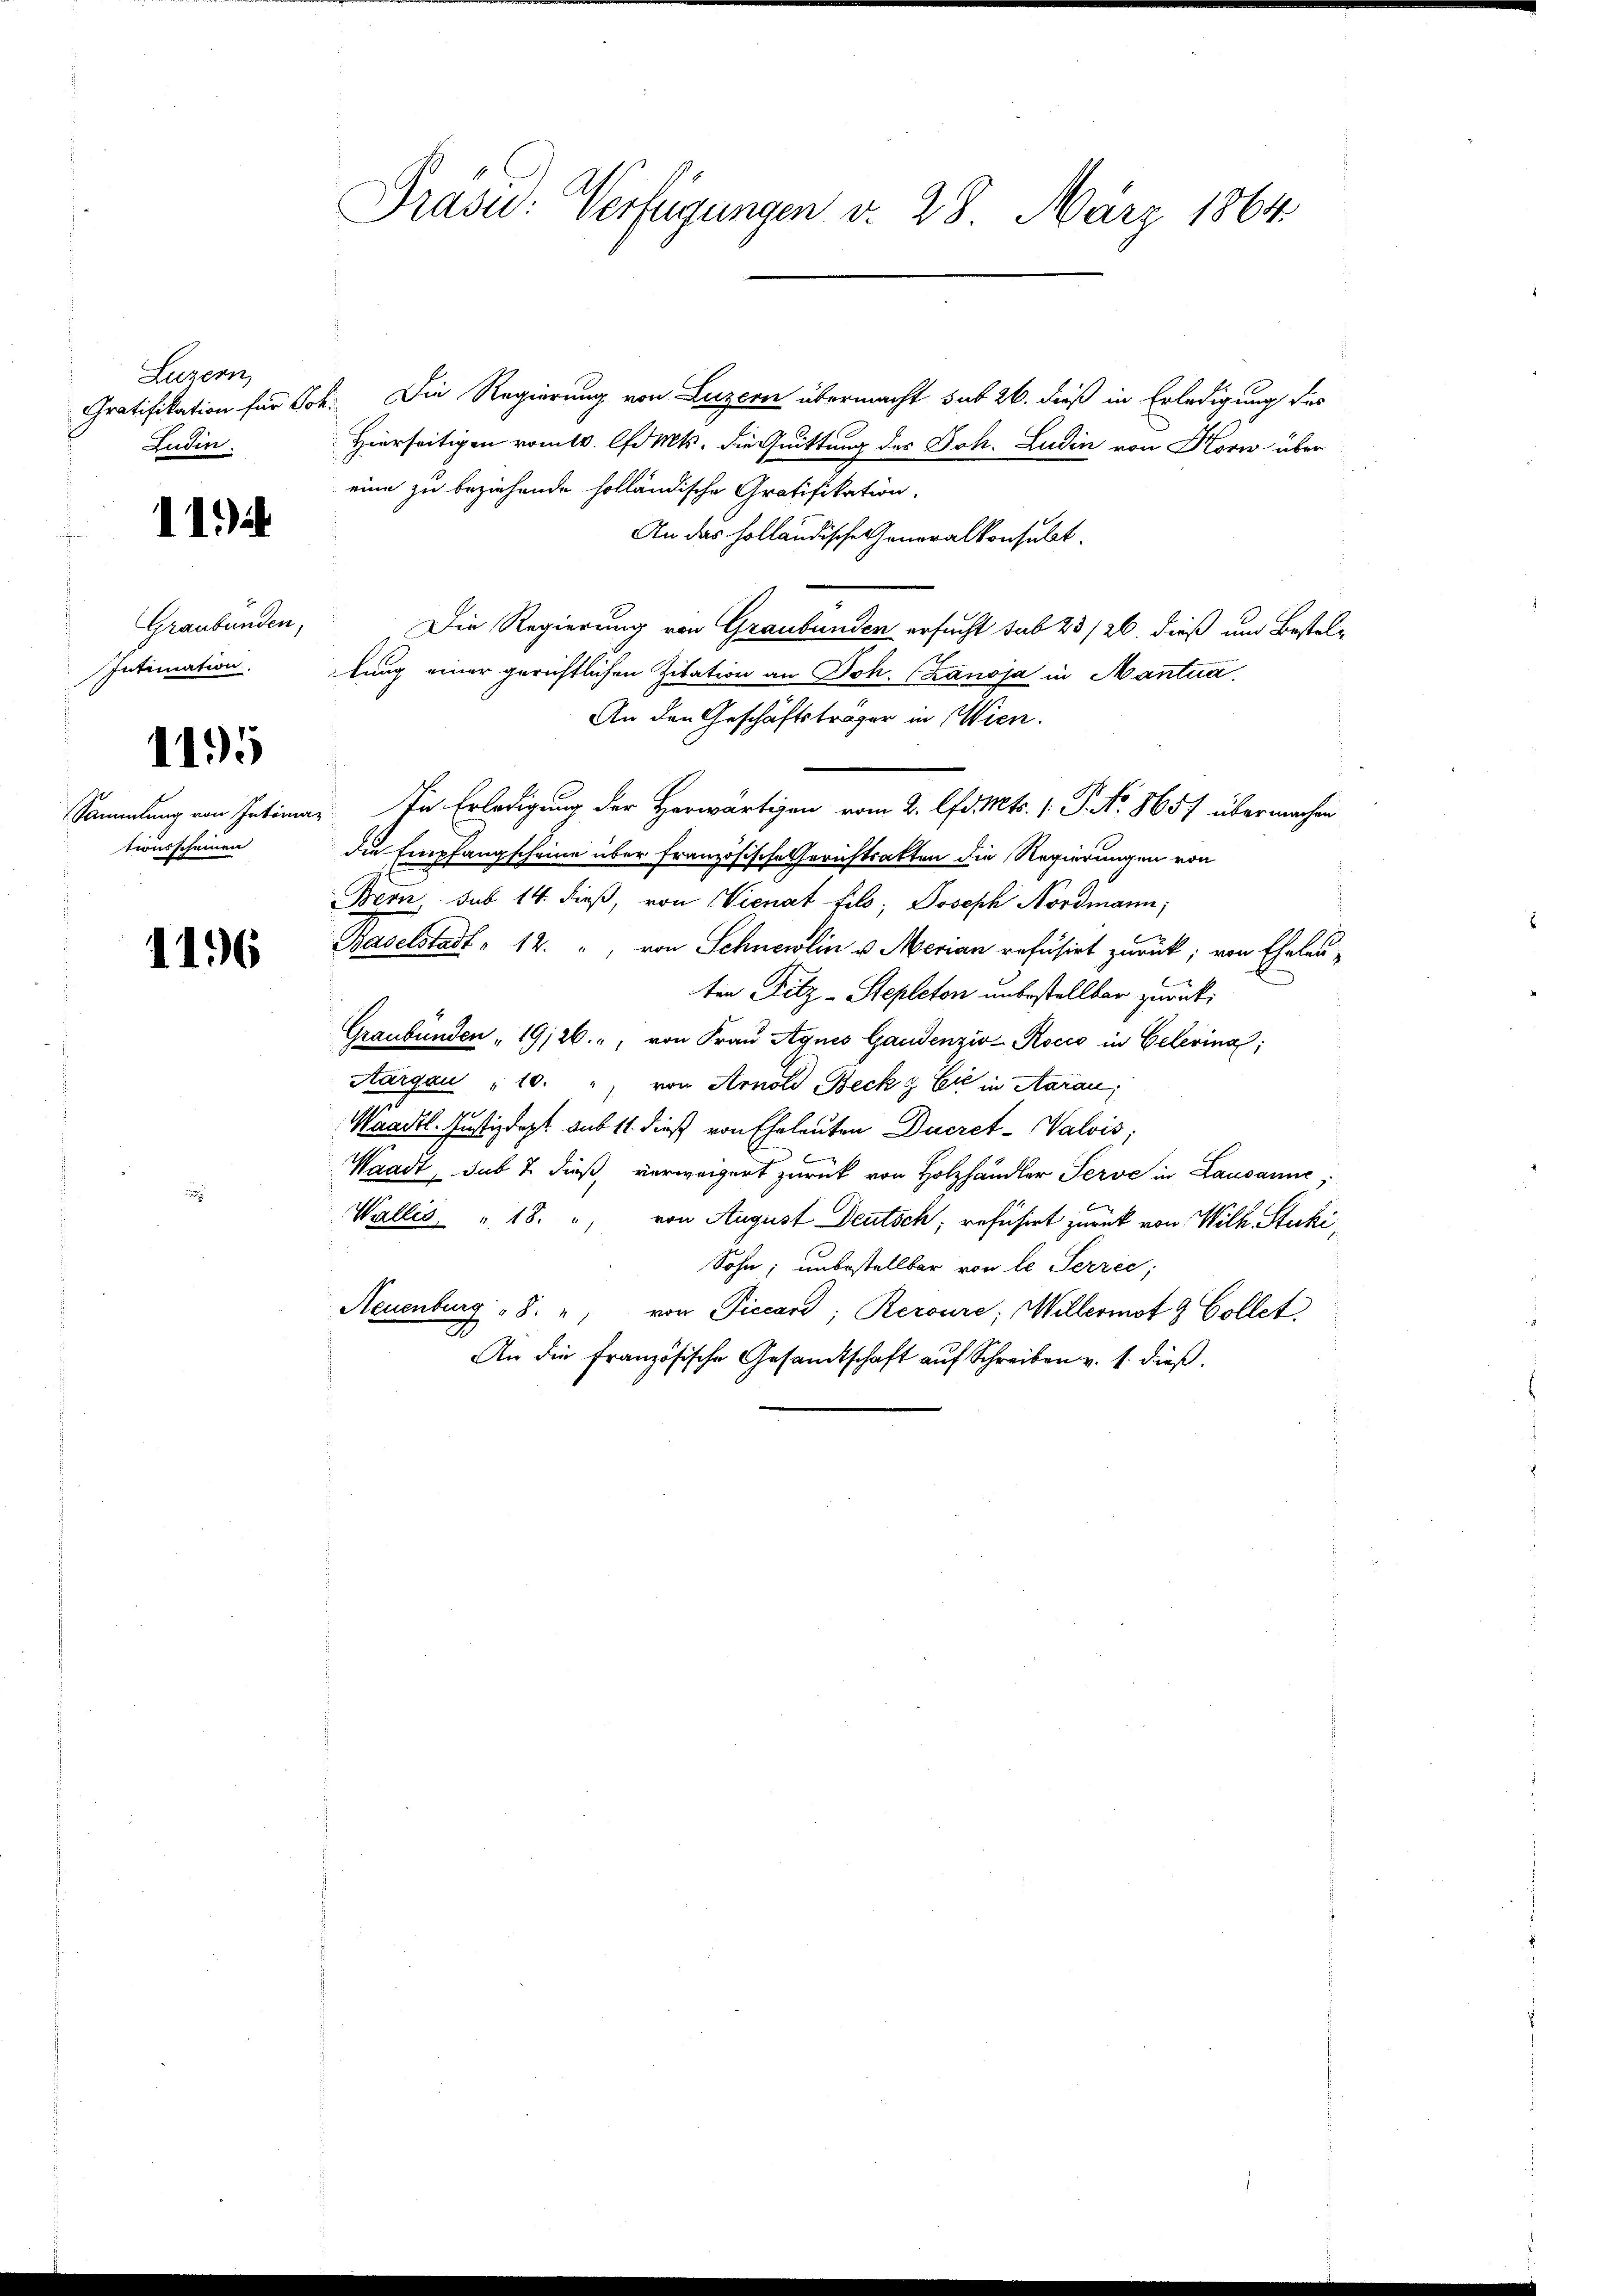
Luzern,
Gratifikation für Joh.
Ludin.

11.)

Graubünden,
Intimation.
1195
tionsscheinen

1196

Präsid: Verfügungen d. 28. März 1864.

Die Regierung von Luzern übermacht sub 26. dieß in Erledigung des
Hierseitigen vom 10. Mts. die Quittung des Joh. Ludin von Korn über
eine zu beziehende holländische Gratifikation.
An das holländischeheneralkonsulat
Die Regierung von Graubünden ersucht sub 23/26. dieß um Bestellung einer gerichtlichen Zitation an Joh. Canoja in Mantua
An den Geschäftsträger in Wien.
Sammlung von Intima. In Erledigung der Herwärtigen vom 2. lfd. Mts. 1. P. Nr. 8657 übermachen
die Empfangscheine über französische Gerichtsakten die Regierungen von
Bern, sub 14. dieß, von Vienat fels, Joseph Nordmann,
Baselstadt " 12. " von Schnewlin u. Merian refusirt zurück; von Eheleuten Fitz-Stepleton unbestellbar zurück¬
Graubünden " 19/26. ", von Frau Agnes Gaudenziv-Kocio in Gelerina,
Aargau „10. " von Arnold Beck & Cie in Aarau
104
Maadtl. Justizdept aus 11. dieß von Eheleuten Ducret-alvis;
b
Waadt, sub 7 dieß, verweigert zurück von Holzhändler Serve in Lausanne;
Wallis, " 18. " von August Deutsch, refusirt zurück von Wilh. Stucki,
Sohn, unbestellbar von le Serrec
Neuenburg 8. " von Piccand; Reroure; Willermot 9 Collet,
An die französische Gesandtschaft aŭf Schreiben v. 1. dieβ.